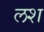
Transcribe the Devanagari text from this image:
लश